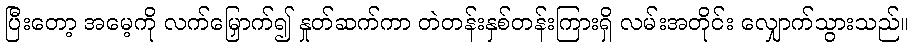
ပြီးတော့ အမေ့ကို လက်မြှောက်၍ နှုတ်ဆက်ကာ တဲတန်းနှစ်တန်းကြားရှိ လမ်းအတိုင်း လျှောက်သွားသည်။